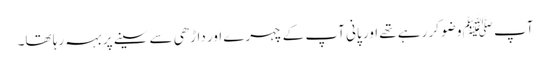
آپ ﷺ وضو کر رہے تھے اور پانی آپ کے چہرے اور داڑھی سے سینے پر بہہ رہا تھا۔